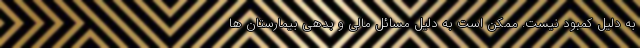
به دلیل کمبود نیست. ممکن است به دلیل مسائل مالی و بدهی بیمارستان ها